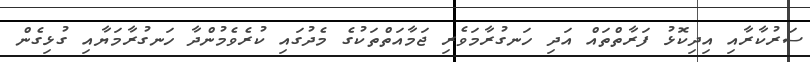
ސަރުކާރާއި އިދިކޮޅު ފަރާތްތައް އަދި ހަނގުރާމަވެރި ޖަމާއަތްތަކުގެ މެދުގައި ކުރެވެމުންދާ ހަނގުރާމަޔާއި ގުޅިގެން